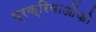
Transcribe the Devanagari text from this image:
प्रक्रियाओंको